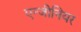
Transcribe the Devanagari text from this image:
एन्जीनियर